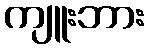
ကျူးဘား